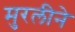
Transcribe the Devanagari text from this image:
मुरलीने